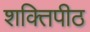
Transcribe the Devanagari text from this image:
शक्तिपीठ